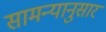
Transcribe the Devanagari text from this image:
सामन्यानुसार